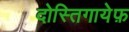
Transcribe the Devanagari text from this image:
दोस्तिगायेफ़